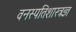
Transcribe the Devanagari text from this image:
वनस्पतिशास्त्रज्ञ